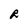
Character: R